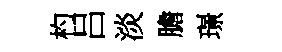
杓吕淡膽璟